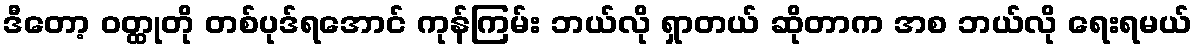
ဒီတော့ ဝတ္ထုတို တစ်ပုဒ်ရအောင် ကုန်ကြမ်း ဘယ်လို ရှာတယ် ဆိုတာက အစ ဘယ်လို ရေးရမယ်